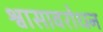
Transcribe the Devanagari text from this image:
श्वासावरोधन